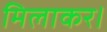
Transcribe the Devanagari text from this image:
मिलाकर।